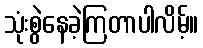
သုံးစွဲနေခဲ့ကြတာပါလိမ့်။